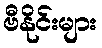
ဗီနိုင်းများ